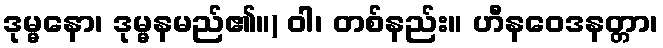
ဒုမ္မနော၊ ဒုမ္မနမည်၏။) ဝါ၊ တစ်နည်း။ ဟီနဝေဒနတ္တာ၊